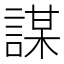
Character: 謀